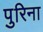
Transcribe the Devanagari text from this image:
पुरिना